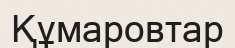
Құмаровтар